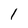
Character: 1